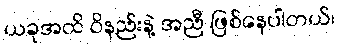
ယခုအထိ ဝိနည်းနဲ့ အညီ ဖြစ်နေပါတယ်၊